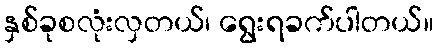
နှစ်ခုစလုံးလှတယ်၊ ရွေးရခက်ပါတယ်။